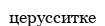
церусситке